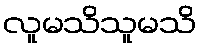
လူမသိသူမသိ